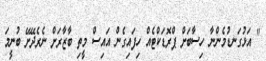
" އަޅުގަނޑުމެންނާ ހިސާބަށް ޕްރޮޑަކްޓެއް ހިފައިގެން އައިސް މީތި ބާޒާރަށް ނެރެދޭށޭ ބުނީމަ